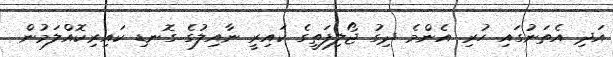
އަދި އެތަނުގައި ހުރި އެންމެ ދިގު ޖޯލިފަތީގެ ކައިރީ ނާއިލުގެ ގޮނޑި ކައިރިކޮއްލަމުން